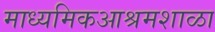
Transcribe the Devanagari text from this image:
माध्यमिकआश्रमशाळा